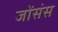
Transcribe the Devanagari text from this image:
जोंसंस